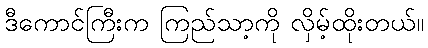
ဒီကောင်ကြီးက ကြည်သာ့ကို လှိမ့်ထိုးတယ်။